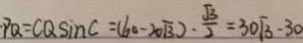
P Q = C Q \sin C = ( 6 0 - 2 0 \sqrt { 3 } ) \cdot \frac { \sqrt { 3 } } { 2 } = 3 0 \sqrt { 3 } - 3 0